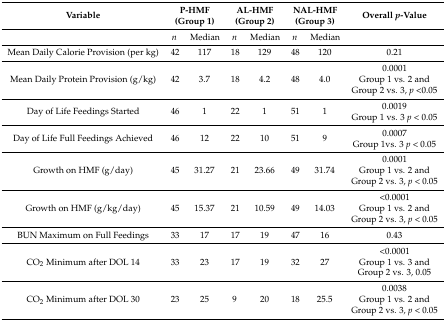
<table><thead><tr><td><b>Variable</b></td><td colspan="2"><b>P-HMF (Group 1)</b></td><td colspan="2"><b>AL-HMF (Group 2)</b></td><td colspan="2"><b>NAL-HMF (Group 3)</b></td><td><b>Overall <i>p</i>-Value</b></td></tr></thead><tbody><tr><td></td><td><i>n</i></td><td>Median</td><td><i>n</i></td><td>Median</td><td><i>n</i></td><td>Median</td><td></td></tr><tr><td>Mean Daily Calorie Provision (per kg)</td><td>42</td><td>117</td><td>18</td><td>129</td><td>48</td><td>120</td><td>0.21</td></tr><tr><td>Mean Daily Protein Provision (g/kg)</td><td>42</td><td>3.7</td><td>18</td><td>4.2</td><td>48</td><td>4.0</td><td>0.0001 Group 1 vs. 2 and Group 2 vs. 3, <i>p</i> &lt;0.05</td></tr><tr><td>Day of Life Feedings Started</td><td>46</td><td>1</td><td>22</td><td>1</td><td>51</td><td>1</td><td>0.0019 Group 1 vs. 3 <i>p</i> &lt; 0.05</td></tr><tr><td>Day of Life Full Feedings Achieved</td><td>46</td><td>12</td><td>22</td><td>10</td><td>51</td><td>9</td><td>0.0007 Group 1vs. 3 <i>p</i> &lt; 0.05</td></tr><tr><td>Growth on HMF (g/day)</td><td>45</td><td>31.27</td><td>21</td><td>23.66</td><td>49</td><td>31.74</td><td>0.0001 Group 1 vs. 2 and Group 2 vs. 3, <i>p</i> &lt; 0.05</td></tr><tr><td>Growth on HMF (g/kg/day)</td><td>45</td><td>15.37</td><td>21</td><td>10.59</td><td>49</td><td>14.03</td><td>&lt;0.0001 Group 1 vs. 2 and Group 2 vs. 3, <i>p</i> &lt; 0.05</td></tr><tr><td>BUN Maximum on Full Feedings</td><td>33</td><td>17</td><td>17</td><td>19</td><td>47</td><td>16</td><td>0.43</td></tr><tr><td>CO<sub>2</sub> Minimum after DOL 14</td><td>33</td><td>23</td><td>17</td><td>19</td><td>32</td><td>27</td><td>&lt;0.0001 Group 1 vs. 3 and Group 2 vs. 3, 0.05</td></tr><tr><td>CO<sub>2</sub> Minimum after DOL 30</td><td>23</td><td>25</td><td>9</td><td>20</td><td>18</td><td>25.5</td><td>0.0038 Group 1 vs. 2 and Group 2 vs. 3, <i>p</i> &lt; 0.05</td></tr></tbody></table>